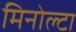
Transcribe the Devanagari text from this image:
मिनोल्टा